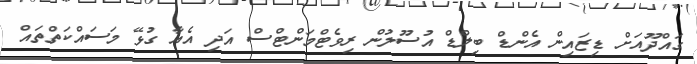
ގައްދޫއަށް ޑިޒައިން އެންޑް ބިލްޑް އުސޫލުން ރިވެޓްމަންޓްސް އަދި އެއާ ގުޅޭ މަސައްކަތްތައް